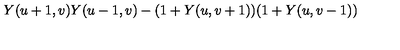
Y ( u + 1 , v ) Y ( u - 1 , v ) - ( 1 + Y ( u , v + 1 ) ) ( 1 + Y ( u , v - 1 ) )